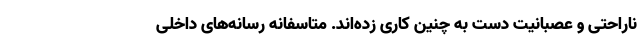
ناراحتی و عصبانیت دست به چنین کاری زده‌اند. متاسفانه رسانه‌های داخلی